Lunatic asylums in Bengal annual reports 1899-1911 - 1899-1911
Year: 1899
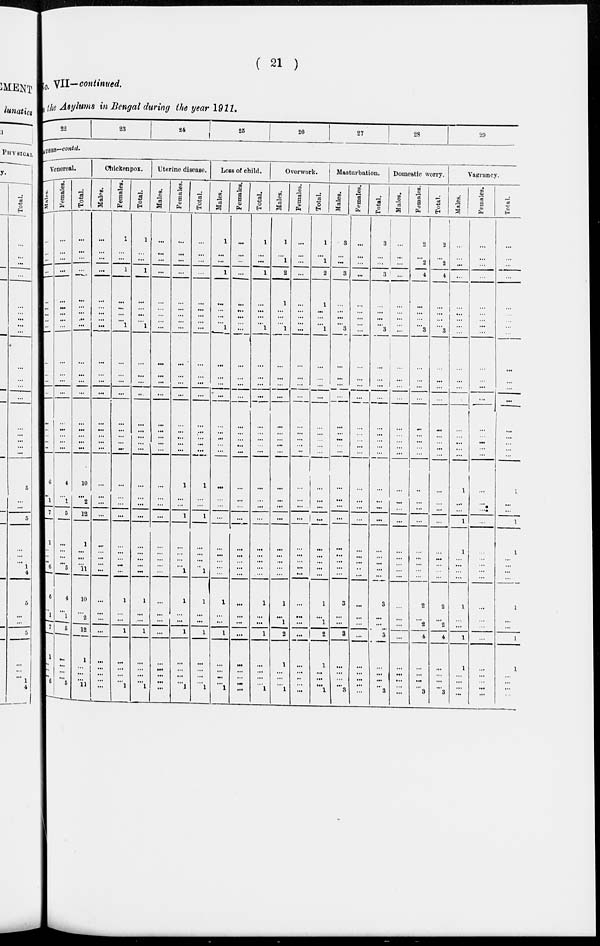
( 21 )
No, VII— continued.
the Asylums in Bengal during the year 1911.
22
23
24
25
26
27
28
29
AUBRS—conted.
Venereal.
M a l e s .
...
...
...
...
...
...
...
...
...
...
...
...
...
...
...
...
...
...
6
...
1
7
1
...
...
...
6
6
...
1
7
1
...
...
...
6
Females
...
...
...
...
...
...
...
...
...
...
...
...
...
...
...
...
...
...
4
...
1
5
...
...
...
...
5
4
...
1
5
...
...
...
...
5
Total.
...
...
...
...
...
...
...
...
...
...
...
...
...
...
...
...
...
...
10
...
2
12
1
...
...
...
11
10
...
2
12
1
...
...
...
11
Ohickenpox.
Males.
...
...
...
...
...
...
...
...
...
...
...
...
...
...
...
...
...
...
...
...
...
...
...
...
...
...
...
...
...
...
...
...
...
...
...
...
Females.
1
...
...
1
...
...
...
...
1
...
...
...
...
...
...
...
...
...
...
...
...
...
...
...
...
...
...
1
...
...
1
...
...
...
...
1
Total.
1
...
...
1
...
...
...
...
1
...
...
...
...
...
...
...
...
...
...
...
...
...
...
...
...
...
...
1
...
...
1
...
...
...
...
1
Uterine disease.
Males.
...
...
...
...
...
...
...
...
...
...
...
...
...
...
...
...
...
...
...
...
...
...
...
...
...
...
...
...
...
...
...
...
...
...
...
...
Females.
...
...
...
...
...
...
...
...
...
...
...
...
...
...
...
...
...
...
1
...
...
1
...
...
...
...
1
1
...
...
1
...
...
...
... 1
Total.
...
...
...
...
...
...
...
...
...
...
...
...
...
...
...
...
...
...
1
...
...
1
...
...
...
..
1
1
...
...
1
...
...
...
... 1
Loss of child.
Males.
1
...
...
1
...
...
...
...
1
...
...
...
...
...
...
...
...
...
...
...
...
...
...
...
...
...
...
1
...
...
1
...
...
...
... 1
Females.
...
...
...
...
...
...
...
...
...
...
...
...
...
...
...
...
...
...
...
...
...
...
...
...
...
...
...
...
...
...
...
...
...
...
...
...
Total.
1
...
...
1
...
...
...
...
1
...
...
...
...
...
...
...
...
...
...
...
...
...
...
...
...
...
...
1
...
...
1
...
...
...
... 1
Overwork.
Males.
1
...
1
2
1
...
...
...
1
...
...
...
...
...
...
...
...
...
...
...
...
...
...
...
...
...
...
1
...
1
2
1
...
...
... 1
Females.
...
...
...
...
...
...
...
...
...
...
...
...
...
...
...
...
...
...
...
...
...
...
...
...
...
...
...
...
...
...
...
...
...
..
...
...
Total.
1
...
1
2
1
...
...
...
1
...
...
...
...
...
...
...
...
...
...
...
...
...
...
...
...
...
...
1
...
1
2
1
...
...
... 1
Masturbation.
Males.
3
...
...
3
...
...
...
...
3
...
...
...
...
...
...
...
...
...
...
...
...
...
...
...
...
...
...
3
...
...
3
...
...
...
...
3
Females.
...
...
...
...
...
...
...
...
...
...
...
...
...
...
...
...
...
...
...
...
...
...
...
...
...
...
...
...
...
...
...
...
...
...
...
Total.
3
...
...
3
...
...
...
...
3
...
...
...
...
...
...
...
...
...
...
...
...
...
...
...
...
...
...
3
...
...
3
...
...
...
...
3
Domestic worry.
Males.
...
...
...
...
...
...
...
...
...
...
...
...
...
...
...
...
...
...
...
...
...
...
...
...
...
...
...
...
...
...
...
...
...
...
...
Females.
2
...
2
4
...
...
...
...
3
...
...
...
...
...
...
...
...
...
...
...
...
...
...
...
...
...
...
2
...
2
4
...
...
...
... 3
Total.
2
...
2
4
...
...
...
...
3
...
...
...
...
...
...
...
...
...
...
...
...
...
...
...
...
...
...
2
...
2
4
...
...
...
...
3
Vagrancy.
Males.
...
...
...
...
...
...
...
...
...
...
...
...
...
...
...
...
...
...
1
...
...
1
1
...
...
...
...
1
...
...
1
1
...
...
...
...
Females.
...
...
...
...
...
...
...
...
...
...
...
...
...
...
...
...
...
...
...
...
...
...
...
...
...
...
...
...
...
...
...
...
...
...
...
...
Total.
...
...
...
...
...
...
...
...
...
...
...
...
...
...
...
...
...
1
...
...
1
1
...
...
...
1
...
...
1
1
...
...
...
...